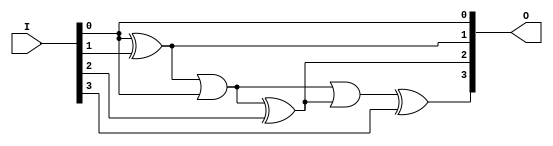
module comp2_4bit(input [3:0] I, output [3:0] O);
  wire w1, w2;

  assign O[0] = I[0] ^ 0;
  assign O[1] = O[0] ^ I[1];
  assign w1 = O[1] | O[0];
  assign O[2] = w1 ^ I[2];
  assign w2 = w1 | O[2];
  assign O[3] = w2 ^ I[3];

endmodule